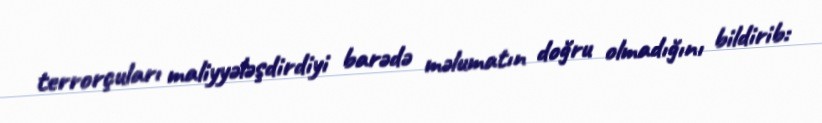
terrorçuları maliyyələşdirdiyi barədə məlumatın doğru olmadığını bildirib: